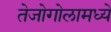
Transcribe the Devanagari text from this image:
तेजोगोलामध्ये